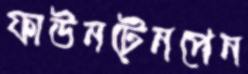
ফাউনটেনপেন